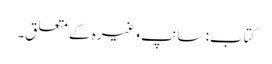
کتاب: سانپ وغیرہ کے متعلق۔